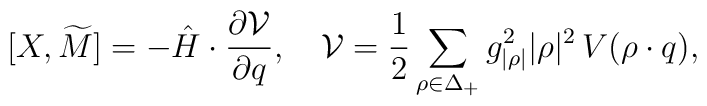
[X, \widetilde{M}]= -\hat{H}\cdot{\partial{\cal V}\over{\partial q}},\quad {\cal V}={1\over2}\sum_{\rho\in\Delta_+}   {g_{|\rho|}^{2} |\rho|^{2}}   \,V(\rho\cdot q),